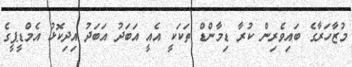
މުޒާހަރާގެ ބައިވެރިން ކުރާ ޑިމާންޑް ތަކަކީ އެއީ އަބަދު އަބަދު އިދިކޮޅު އެމްޑީޕީގެ